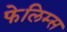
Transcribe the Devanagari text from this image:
फेलिम्स